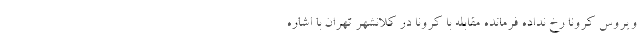
ویروس کرونا رخ نداده فرمانده مقابله با کرونا در کلانشهر تهران با اشاره